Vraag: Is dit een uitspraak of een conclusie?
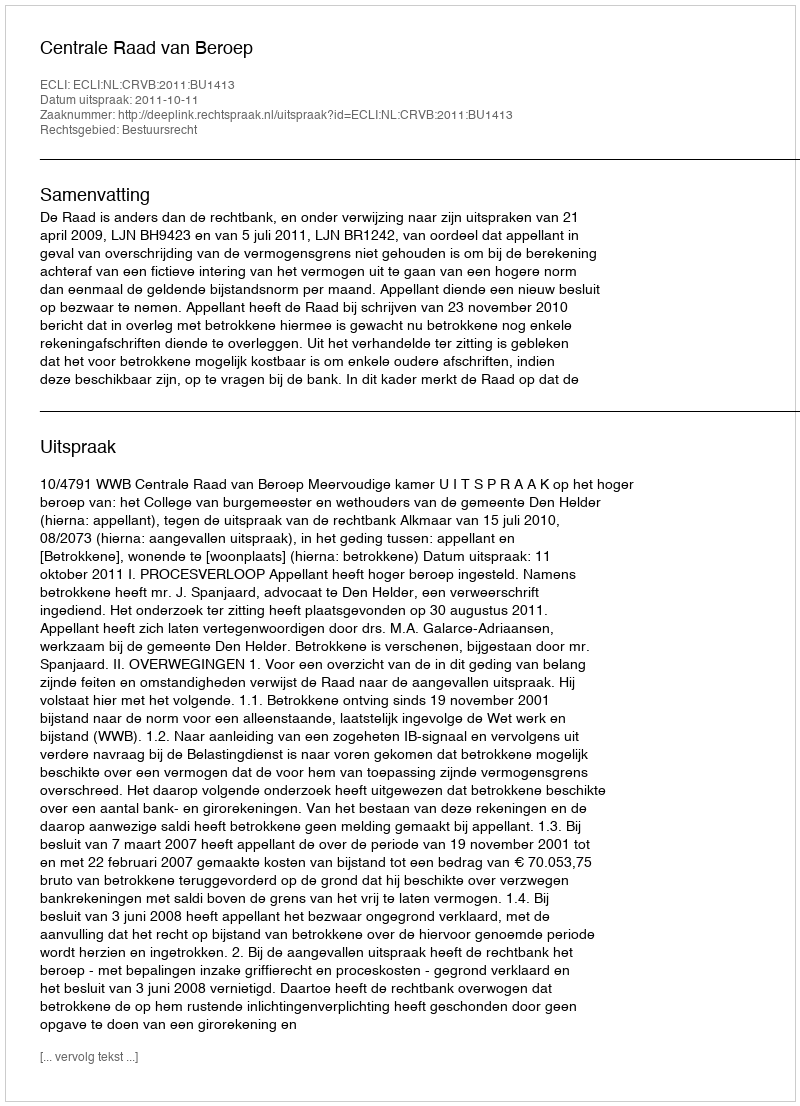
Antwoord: Uitspraak